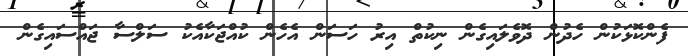
ފެންކޮޅަކުން ހެދުން ދޮވެލައިގެން ނިކުތް އިރު ހަސަން އެހެން ކުއްޖަކާއެކު ސަލްސާ ޖައްސައިގެން